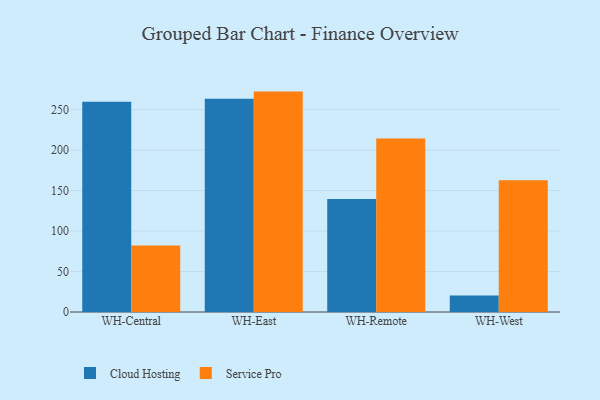
{"axis": {"x": "Warehouse", "y": "Bounce Rate (%)"}, "legend": ["Cloud Hosting", "Service Pro"], "data": [{"x": "WH-Central", "y": 259.6, "type": "Cloud Hosting"}, {"x": "WH-Central", "y": 82.1, "type": "Service Pro"}, {"x": "WH-East", "y": 263.3, "type": "Cloud Hosting"}, {"x": "WH-East", "y": 272.2, "type": "Service Pro"}, {"x": "WH-Remote", "y": 139.7, "type": "Cloud Hosting"}, {"x": "WH-Remote", "y": 214.2, "type": "Service Pro"}, {"x": "WH-West", "y": 20.3, "type": "Cloud Hosting"}, {"x": "WH-West", "y": 162.7, "type": "Service Pro"}]}